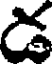
డ